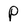
Character: P